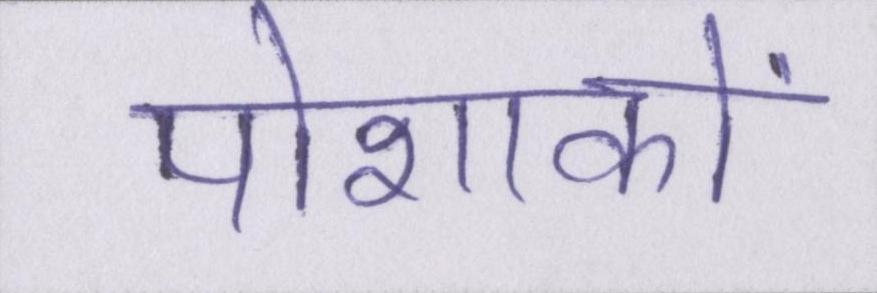
पोशाकों